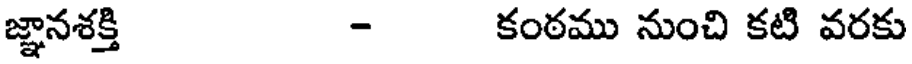
జ్ఞానశక్తి - కంఠము నుంచి కటి వరకు